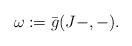
LaTeX: \begin{align*}\omega:=\bar g(J-,-).\end{align*}